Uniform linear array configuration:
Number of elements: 4
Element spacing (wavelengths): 1
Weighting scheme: kaiser
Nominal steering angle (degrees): -15
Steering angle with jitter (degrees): -16.451
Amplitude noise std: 0.05
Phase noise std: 0.05

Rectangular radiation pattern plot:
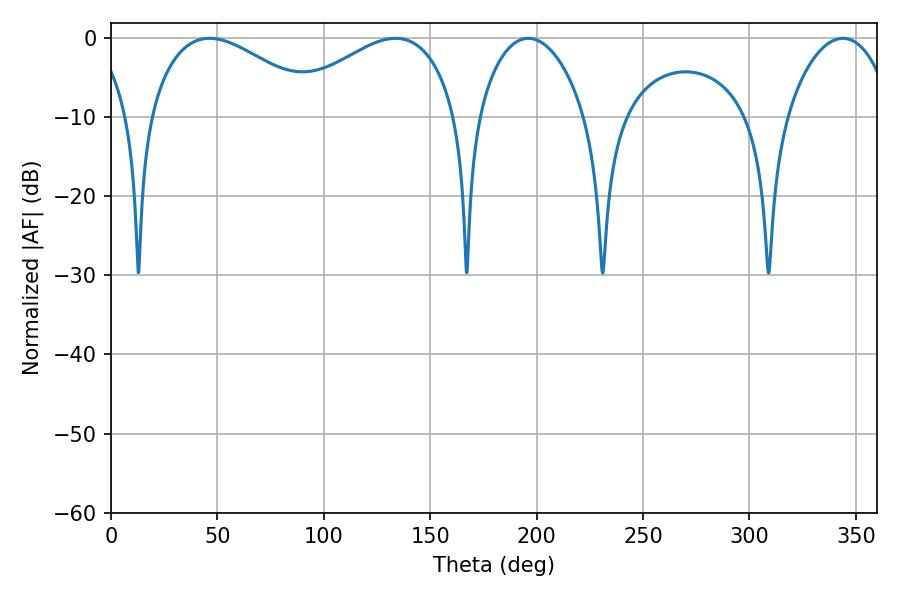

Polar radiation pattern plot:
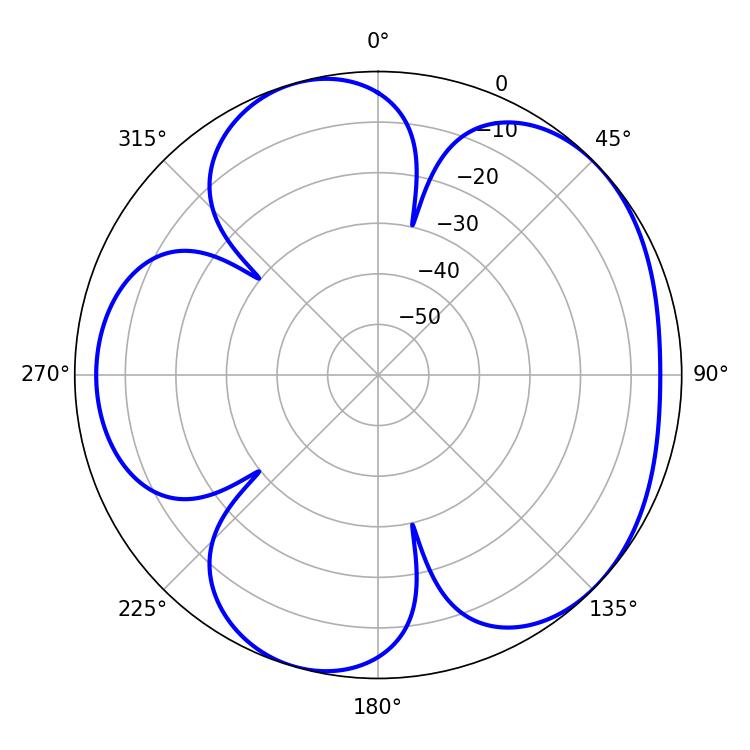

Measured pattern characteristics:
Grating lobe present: TRUE
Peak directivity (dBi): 4.881
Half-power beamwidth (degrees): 44.46
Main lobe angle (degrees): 46.26